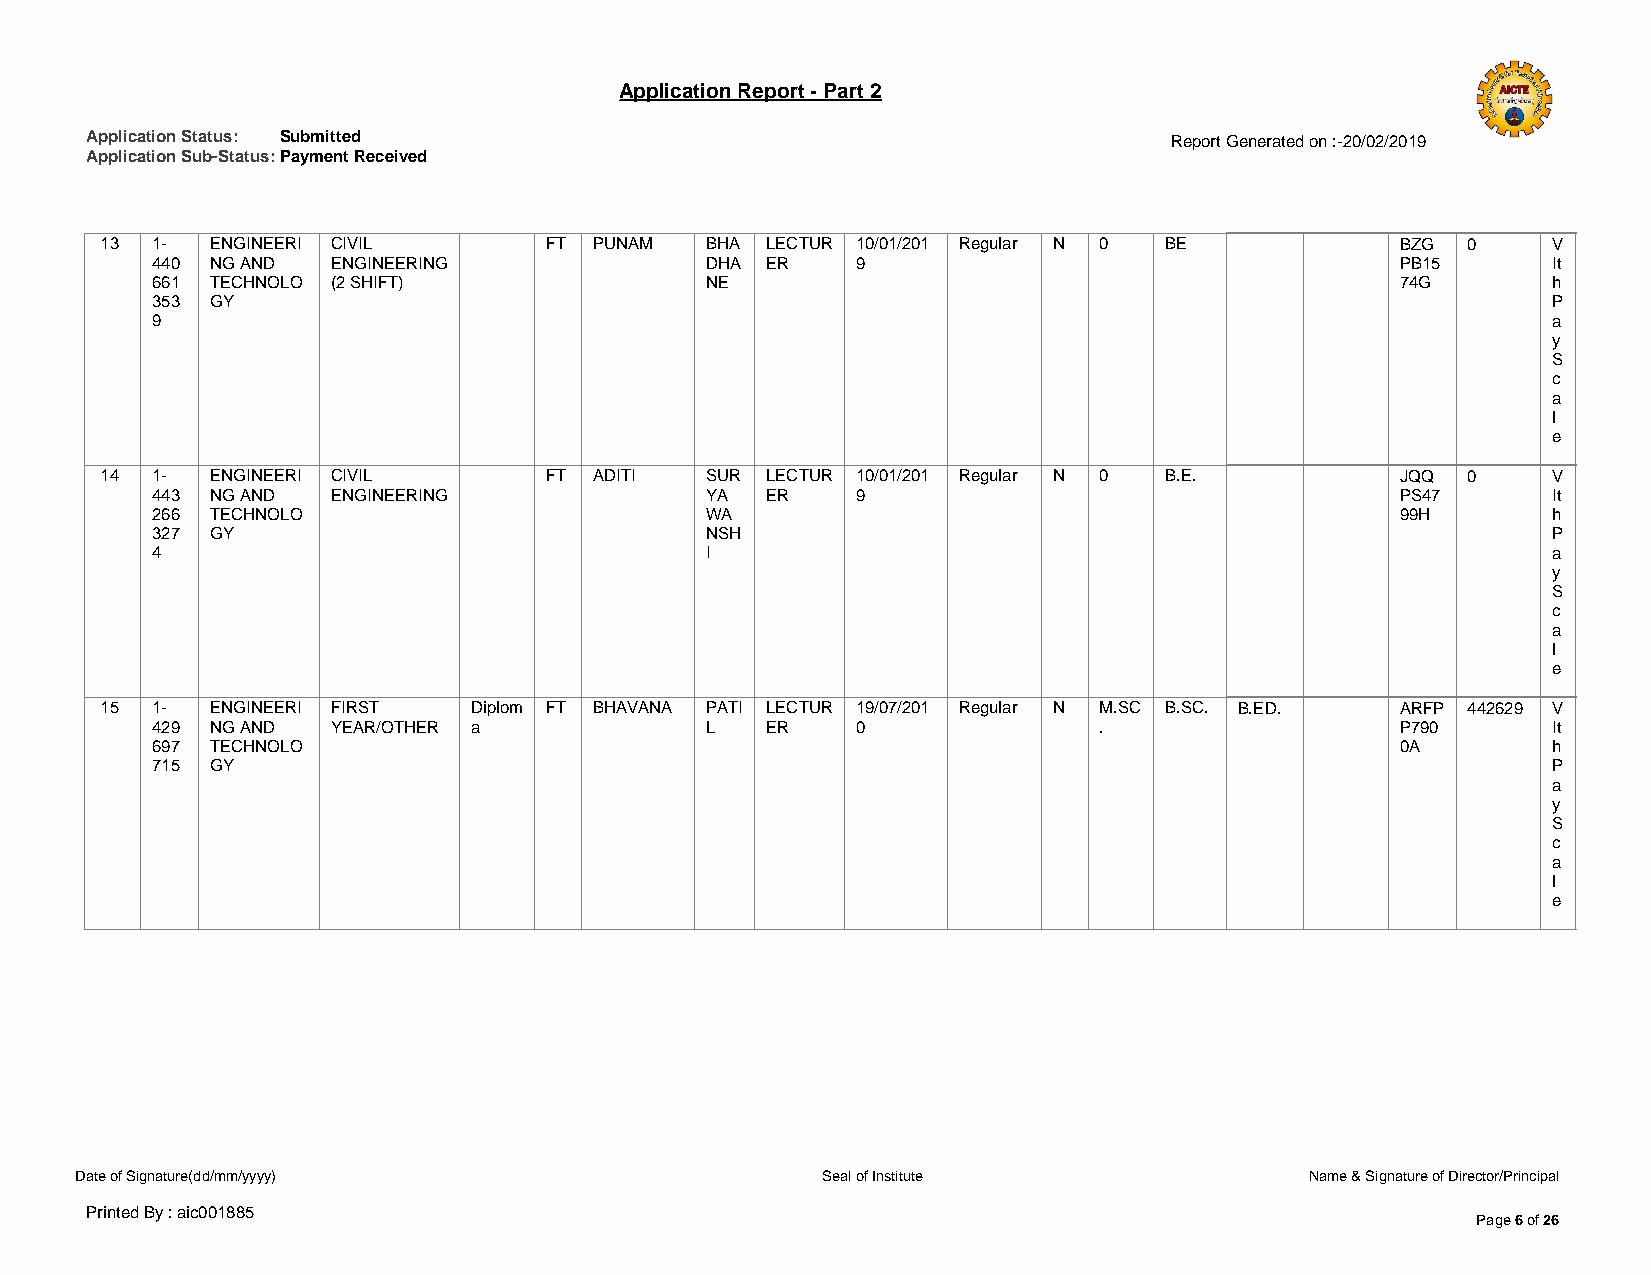
Application Report - Part 2
 Application Status: Submitted                                          Report Generated on :-20/02/2019
 Application Sub-Status: Payment Received
 13 1-  ENGINEERI CIVIL       FT PUNAM   BHA LECTUR 10/01/201 Regular N 0 BE           BZG 0     V
 440 NG AND  ENGINEERING              DHA ER    9                                   PB15      It
 661 TECHNOLO (2 SHIFT)               NE                                            74G       h
 353 GY                                                                                       P
 9                                                                                            a
 y
 S
 c
 a
 l
 e
 14 1-  ENGINEERI CIVIL       FT ADITI   SUR LECTUR 10/01/201 Regular N 0 B.E.         JQQ 0     V
 443 NG AND  ENGINEERING              YA  ER    9                                   PS47      It
 266 TECHNOLO                         WA                                            99H       h
 327 GY                               NSH                                                     P
 4                                    I                                                       a
 y
 S
 c
 a
 l
 e
 15 1-  ENGINEERI FIRST  Diplom FT BHAVANA PATI LECTUR 19/07/201 Regular N M.SC B.SC. B.ED. ARFP 442629 V
 429 NG AND  YEAR/OTHER a             L   ER    0               .                   P790      It
 697 TECHNOLO                                                                       0A        h
 715 GY                                                                                       P
 a
 y
 S
 c
 a
 l
 e
 Date of Signature(dd/mm/yyyy)                    Seal of Institute                Name & Signature of Director/Principal
 Printed By : aic001885
 Page 6 of 26